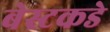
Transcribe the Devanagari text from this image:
बेस्टकडे